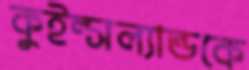
কুইন্সল্যান্ডকে